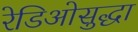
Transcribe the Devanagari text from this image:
रेडिओसुद्धा